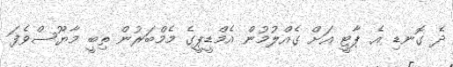
ދެ ގޮނޑި އެ ޕާޓީ އަށް ގެއްލުމުން އެމްޑީޕީގެ މެމްބަރުން ތިބީ މާޔޫސްވެފަ